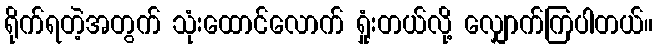
ရိုက်ရတဲ့အတွက် သုံးထောင်လောက် ရှုံးတယ်လို့ လျှောက်ကြပါတယ်။